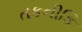
તકનીકિ